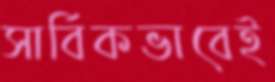
সার্বিকভাবেই